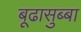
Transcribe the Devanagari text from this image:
बूढासुब्बा